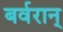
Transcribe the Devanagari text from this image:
बर्वरान्